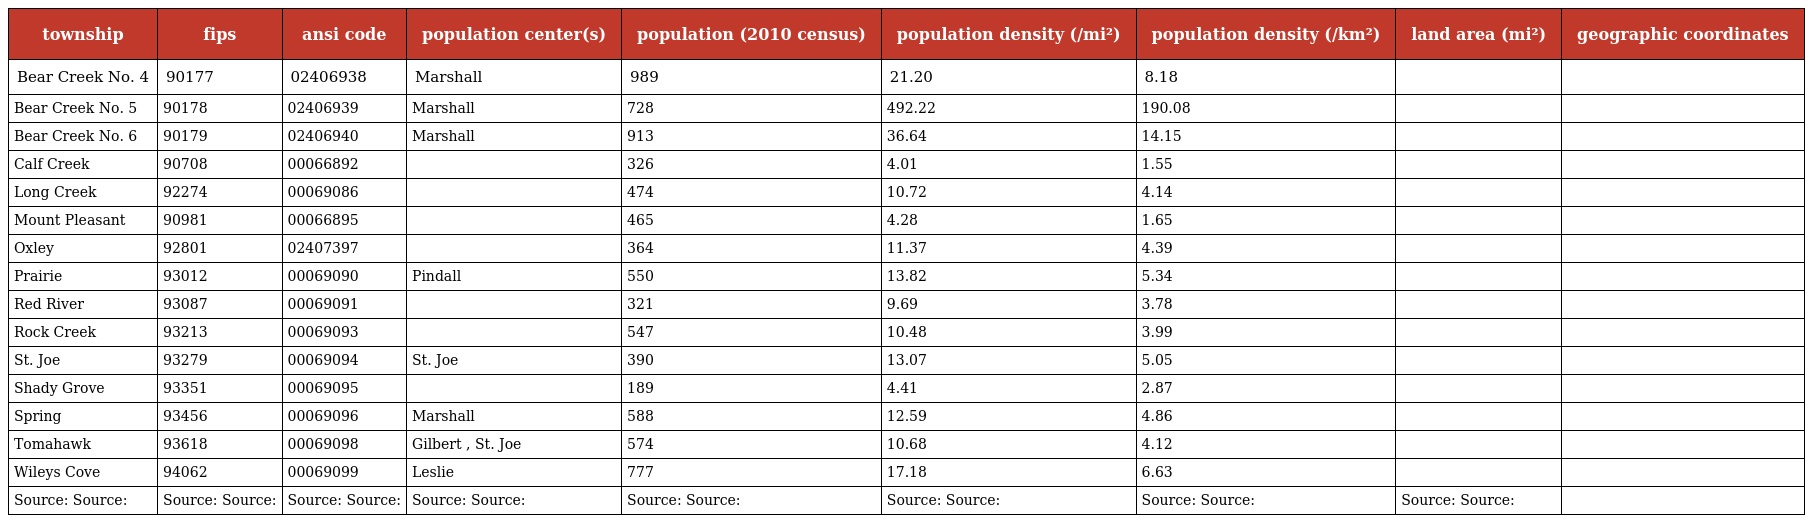
| township | fips | ansi code | population center(s) | population (2010 census) | population density (/mi²) | population density (/km²) | land area (mi²) | geographic coordinates |
 | --- | --- | --- | --- | --- | --- | --- | --- | --- |
 | Bear Creek No. 4 | 90177 | 02406938 | Marshall | 989 | 21.20 | 8.18 |  |  |
 | Bear Creek No. 5 | 90178 | 02406939 | Marshall | 728 | 492.22 | 190.08 |  |  |
 | Bear Creek No. 6 | 90179 | 02406940 | Marshall | 913 | 36.64 | 14.15 |  |  |
 | Calf Creek | 90708 | 00066892 |  | 326 | 4.01 | 1.55 |  |  |
 | Long Creek | 92274 | 00069086 |  | 474 | 10.72 | 4.14 |  |  |
 | Mount Pleasant | 90981 | 00066895 |  | 465 | 4.28 | 1.65 |  |  |
 | Oxley | 92801 | 02407397 |  | 364 | 11.37 | 4.39 |  |  |
 | Prairie | 93012 | 00069090 | Pindall | 550 | 13.82 | 5.34 |  |  |
 | Red River | 93087 | 00069091 |  | 321 | 9.69 | 3.78 |  |  |
 | Rock Creek | 93213 | 00069093 |  | 547 | 10.48 | 3.99 |  |  |
 | St. Joe | 93279 | 00069094 | St. Joe | 390 | 13.07 | 5.05 |  |  |
 | Shady Grove | 93351 | 00069095 |  | 189 | 4.41 | 2.87 |  |  |
 | Spring | 93456 | 00069096 | Marshall | 588 | 12.59 | 4.86 |  |  |
 | Tomahawk | 93618 | 00069098 | Gilbert , St. Joe | 574 | 10.68 | 4.12 |  |  |
 | Wileys Cove | 94062 | 00069099 | Leslie | 777 | 17.18 | 6.63 |  |  |
 | Source: Source: | Source: Source: | Source: Source: | Source: Source: | Source: Source: | Source: Source: | Source: Source: | Source: Source: |  |